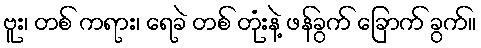
ဗူး၊ တစ် ကရား၊ ရေခဲ တစ် တုံးနဲ့ ဖန်ခွက် ခြောက် ခွက်။